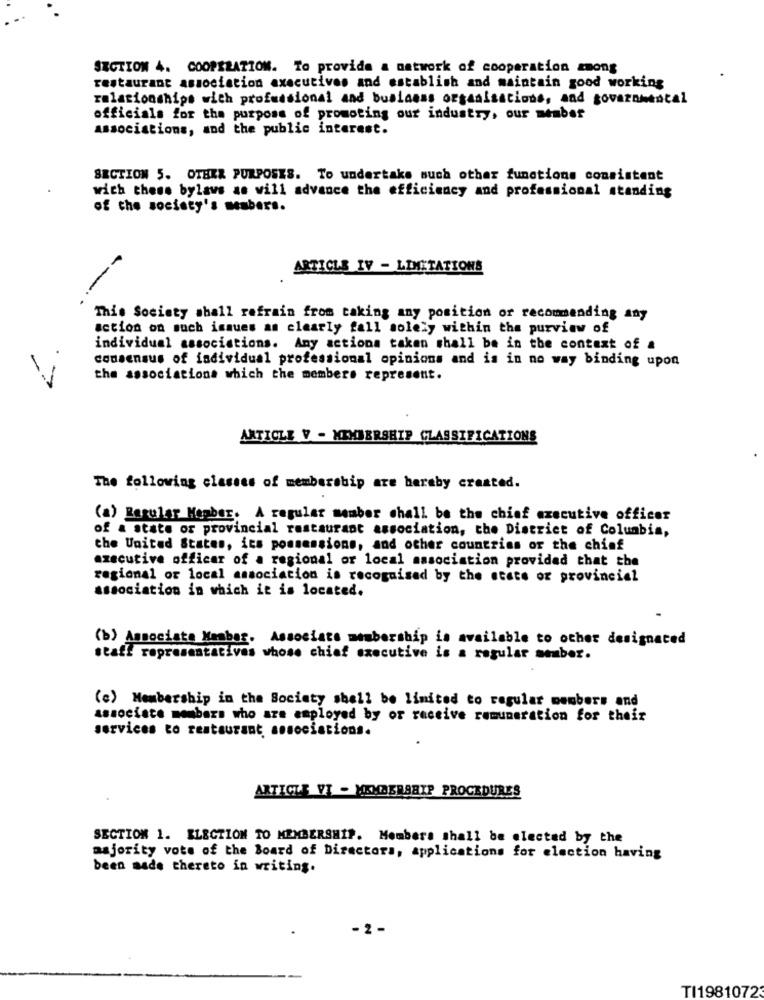
SECTION 4. COOPERATION. To provide a network of cooperation among
restaurant association executives and establish and maintain good working
relationships with professional and business organisations, and governmental
officials for the purpose of promoting our industry, our member
associations, and the public interest.
SECTION 5. OTHER PURPOSES. To undertake such other functions consistent
with these bylaws as will advance the efficiency and professional standing
of the society's members.
ARTICLE IV - LIMITATIONS
---
Thie Society shall refrain from taking any position or recommending any
action on such issues as clearly fall solely within the purview of
individual associations. Any actions taken shall be in the context of a
consensus of individual professional opinions and is in no way binding upon
the associations which the members represent.
ARTICLE V - MEMBERSHIP CLASSIFICATIONS
The following classes of membership are hereby created.
(a) Regular Member. A regular member shall be the chief executive officer
of a state or provincial restaurant association, the District of Columbia,
the United States, ics possessions, and other countries of the chief
executive officer of a regional or local association provided that the
regional or local association is recognised by the state or provincial
association in which it is located.
(b) Associate Member. Associate membership is available to other designated
staff representatives whose chief executive is a regular amber.
(c) Membership in the Society shall be limited to regular members and
associate members who are employed by or receive remuneration for their
services to restaurant, sosociations.
ARTICLE VI - MEMBERSHIP PROCEDURES
SECTION 1. ELECTION TO MEMBERSHIP. Members shall be elected by the
majority vote of the Board of Directors, applications for election having
been made thereto in writing.
2-
TI1981072